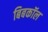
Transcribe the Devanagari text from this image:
बिबकॉल